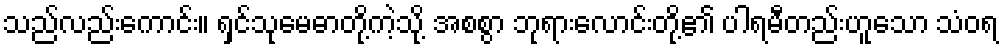
သည်လည်းကောင်း။ ရှင်သုမေဓာတို့ကဲ့သို့ အစစွာ ဘုရားလောင်းတို့၏ ပါရမီတည်းဟူသော သံဝရ